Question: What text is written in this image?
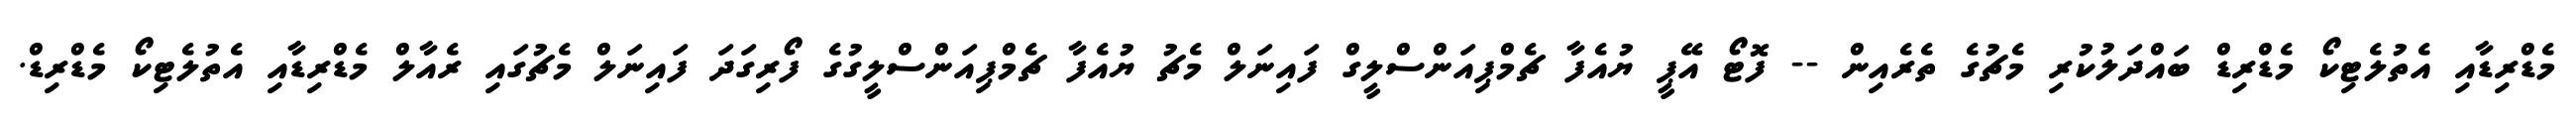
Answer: މެޑްރިޑާއި އެތުލެޓިކޯ މެޑްރިޑް ބައްދަލުކުރި މެޗުގެ ތެރެއިން -- ފޮޓޯ އޭޕީ ޔުއެފާ ޗެމްޕިއަންސްލީގް ފައިނަލް މެޗު ޔުއެފާ ޗެމްޕިއަންސްލީގުގެ ފޯރިގަދަ ފައިނަލް މެޗުގައި ރެއާލް މެޑްރިޑާއި އެތުލެޓިކޯ މެޑްރިޑް.